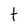
Character: t